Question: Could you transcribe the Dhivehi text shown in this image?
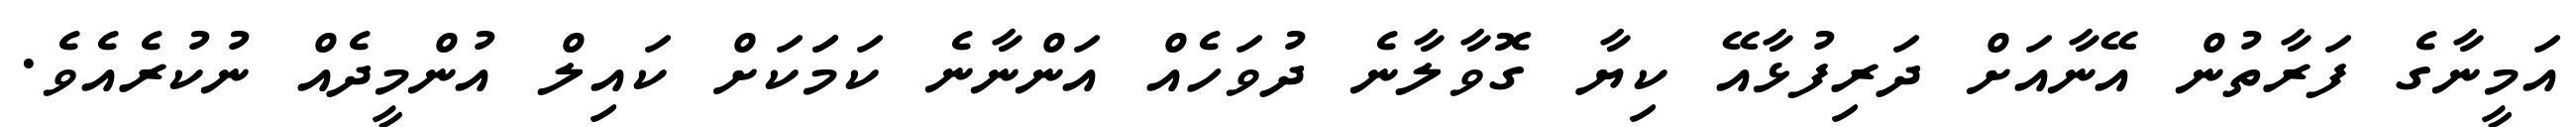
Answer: އަމީނާގެ ފަރާތުން އޭނާއަށް ދަރިފުޅާއޭ ކިޔާ ގޮވާލާނެ ދުވަހެއް އަންނާނެ ކަމަަކަށް ކައިލް އުންމީދެއް ނުކުރެއެވެ.